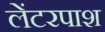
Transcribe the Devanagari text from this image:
लेंटरपाश